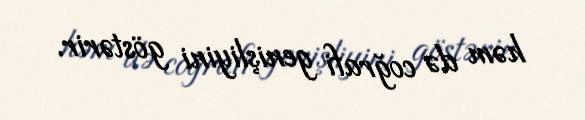
həm də coğrafi genişliyini göstərir.